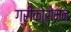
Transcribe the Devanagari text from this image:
ग्रीकोरोमन